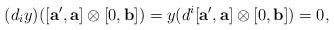
LaTeX: \begin{align*} (d_iy)([\mathbf{a'},\mathbf{a}] \otimes [0,\mathbf{b}] )=y(d^i[\mathbf{a'},\mathbf{a}] \otimes [0,\mathbf{b}] )=0, \end{align*}